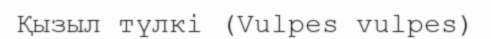
Қызыл түлкі (Vulpes vulpes)